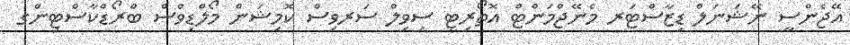
އޭޖެންސީ ނޭޝަނަލް ޑިޒާސްޓަރ މެނޭޖްމަންޓް އޮތޯރިޓީ ސިވިލް ސަރވިސް ކޮމިޝަން މޯލްޑިވްސް ބްރޯޑްކާސްޓިންގ